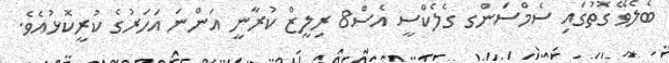
ބެލެވޭ ގޮތުގައި ސެމްސަންގ ގެލެކްސީ އެސް8 ރިލީޒް ކުރާނީ އަންނަ އަހަރުގެ ކުރީކޮޅުއެވެ.